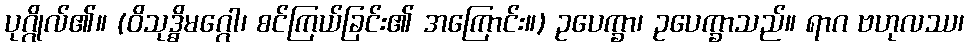
ပုဂ္ဂိုလ်၏။ (ဝိသုဒ္ဓိမဂ္ဂေါ၊ စင်ကြယ်ခြင်း၏ အကြောင်း။) ဥပေက္ခာ၊ ဥပေက္ခာသည်။ ရာဂ ဗဟုလဿ၊